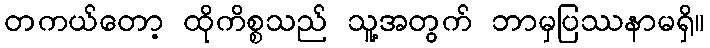
တကယ်တော့ ထိုကိစ္စသည် သူ့အတွက် ဘာမှပြဿနာမရှိ။